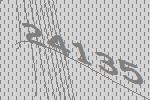
24135